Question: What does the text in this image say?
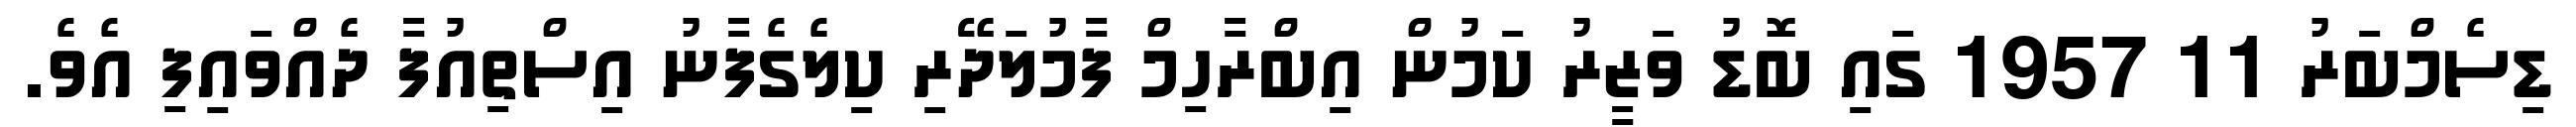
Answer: ޑިސެމްބަރު 11 1957 ގައި ބޮޑު ވަޒީރު ކަމުން އިބްރާހިމް ފާމުލަދޭރި ކިލެގެފާނު އިސްތިއުފާ ދެއްވައިފި އެވެ.